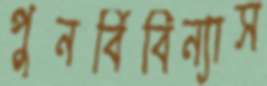
পুনর্বিবিন্যাস